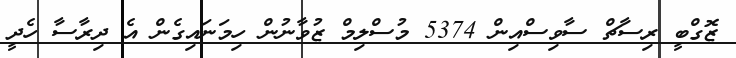
ޒޮގްބީ ރިސާޗް ސާވިސްއިން 5374 މުސްލިމް ޒުވާނުން ހިމަނައިގެން އެ ދިރާސާ ހެދީ